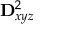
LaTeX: \mathbf { D } _ { x y z } ^ { 2 }